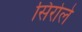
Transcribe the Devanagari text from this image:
सिरोले